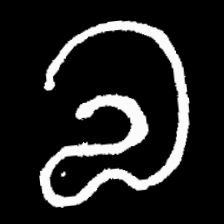
Pyu character \u2014 Myanmar letter: လ (romanized: la)